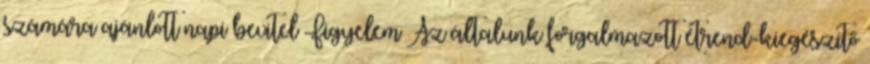
számára ajánlott napi bevitel Figyelem Az általunk forgalmazott étrend-kiegészítő